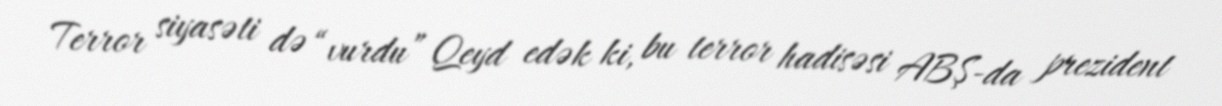
Terror siyasəti də “vurdu” Qeyd edək ki, bu terror hadisəsi ABŞ-da prezident